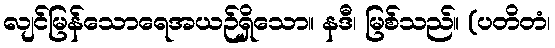
လျင်မြန်သောရေအယဉ်ရှိသော။ နဒီ၊ မြစ်သည်။ (ပတိတံ၊